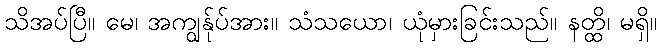
သိအပ်ပြီ။ မေ၊ အကျွန်ုပ်အား။ သံသယော၊ ယုံမှားခြင်းသည်။ နတ္ထိ၊ မရှိ။